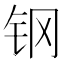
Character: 钢